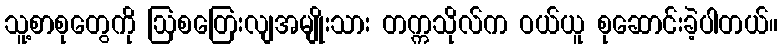
သူ့စာစုတွေကို ဩစတြေးလျအမျိုးသား တက္ကသိုလ်က ဝယ်ယူ စုဆောင်းခဲ့ပါတယ်။